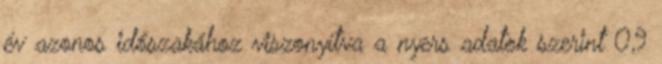
év azonos időszakához viszonyítva a nyers adatok szerint 0,9